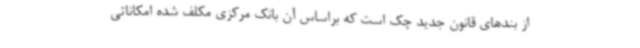
از بندهای قانون جدید چک است که براساس آن بانک مرکزی مکلف شده امکاناتی